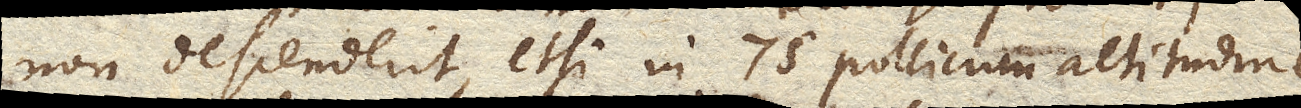
non descenderit, etsi in 75 pollicum altitudine